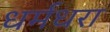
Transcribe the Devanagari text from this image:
धर्मधरा